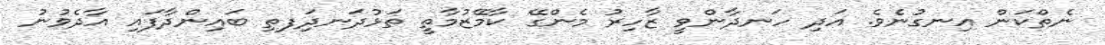
ނެތްކަން އިނގުނެވެ. އަދި ހަނދާންވީ ޒާހިރު މެންގޭ ކާމޭޒުމާތީ ތަޅުދަނދިަފތި ބައިންދާފައި އާދެވުނު